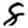
Digit: 8